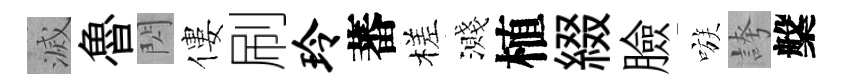
滅魯閃僂刷玲蕃槎濺植綴臉嗾誇槃